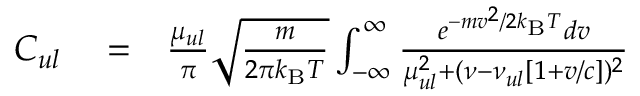
\begin{array} { r l r } { C _ { u l } } & { { } = } & { \frac { \mu _ { u l } } { \pi } \sqrt { \frac { m } { 2 \pi k _ { \mathrm { B } } T } } \int _ { - \infty } ^ { \infty } \frac { e ^ { - m v ^ { 2 } / 2 k _ { \mathrm { B } } T } d v } { \mu _ { u l } ^ { 2 } + ( \nu - \nu _ { u l } [ 1 + v / c ] ) ^ { 2 } } } \end{array}